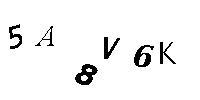
5A8V6K